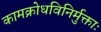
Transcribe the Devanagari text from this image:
कामक्रोधविनिर्मुक्ताः